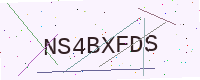
Text: NS4BXFDS